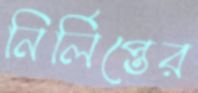
নির্লিপ্তের